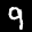
Label: 9